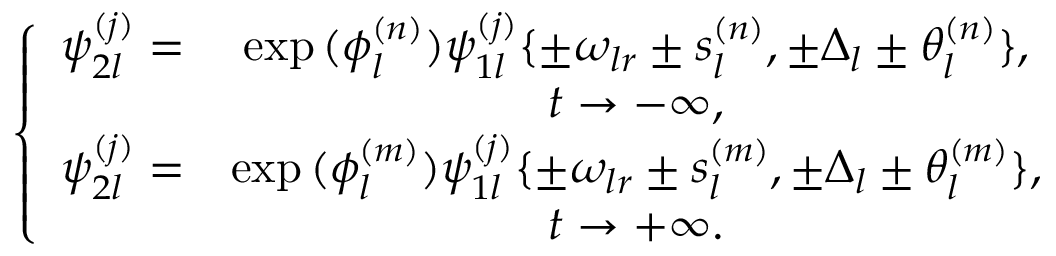
\begin{array} { r } { \left\{ \begin{array} { c c c } { \psi _ { 2 l } ^ { ( j ) } = } & { \exp { ( \phi _ { l } ^ { ( n ) } ) } \psi _ { 1 l } ^ { ( j ) } \{ \pm \omega _ { l r } \pm s _ { l } ^ { ( n ) } , \pm \Delta _ { l } \pm \theta _ { l } ^ { ( n ) } \} , } \\ & { t \rightarrow - \infty , } \\ { \psi _ { 2 l } ^ { ( j ) } = } & { \exp { ( \phi _ { l } ^ { ( m ) } ) } \psi _ { 1 l } ^ { ( j ) } \{ \pm \omega _ { l r } \pm s _ { l } ^ { ( m ) } , \pm \Delta _ { l } \pm \theta _ { l } ^ { ( m ) } \} , } \\ & { t \rightarrow + \infty . } \end{array} \right. } \end{array}